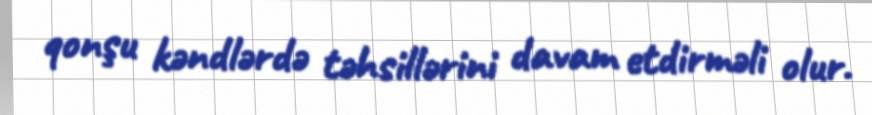
qonşu kəndlərdə təhsillərini davam etdirməli olur.